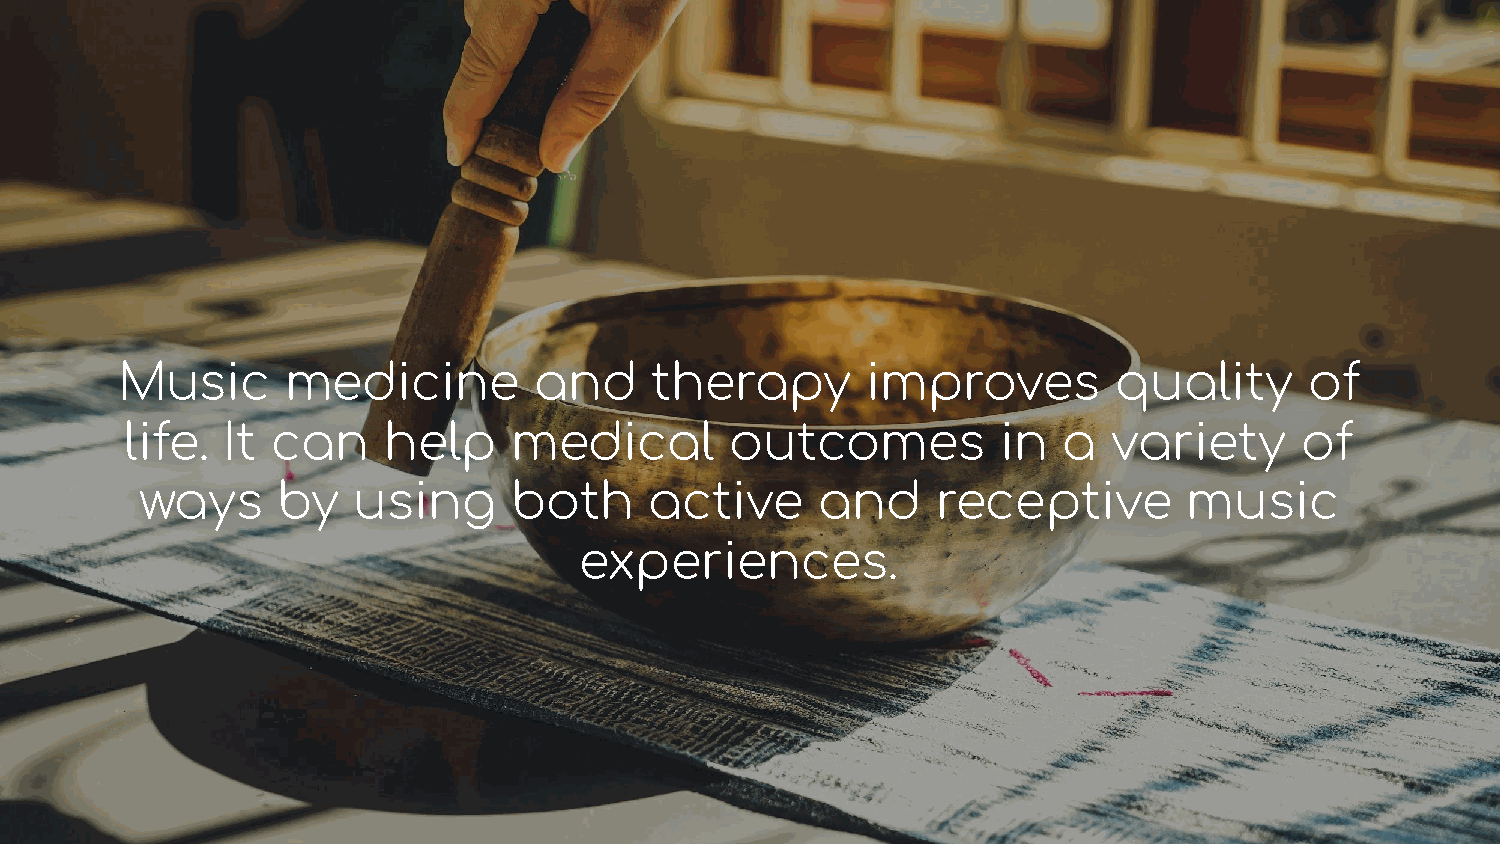
Music      medicine        and     therapy       improves         quality      of
 life.  It can    help     medical       outcomes          in  a   variety     of
 ways     by   using      both     active     and     receptive        music
 experiences.